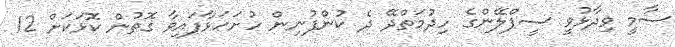
ސާމީ ވިދާޅުވީ ސީޕްލޭންގެ ހިދުމަތްދޭ ދެ ކުންފުނިން ހުށަހަޅާފައިވާ ގޮތުން ކޮޅަކަށް 12